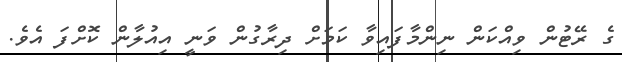
ގެ ރޭޓުން ވިއްކަން ނިންމާފައިވާ ކަމަށް ދިރާގުން ވަނީ އިއުލާން ކޮށްފަ އެވެ.